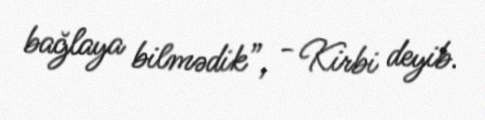
bağlaya bilmədik”, - Kirbi deyib.